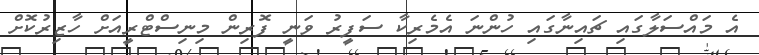
އެ މައްސަލާގައި ޗައިނާގައި ހުންނަ އެމެރިކާ ސަފީރު ވަނީ ފޮރިން މިނިސްޓްރީއަށް ހާޒިރުކޮށް